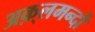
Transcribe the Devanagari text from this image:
अक़्लमन्दों